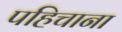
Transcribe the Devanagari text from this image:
पहिचाना